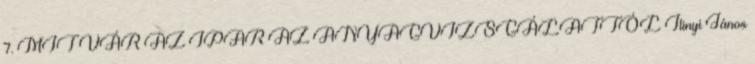
7. MIT VÁR AZ IPAR AZ ANYAGVIZSGÁLATTÓL Ilinyi János